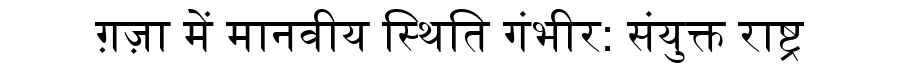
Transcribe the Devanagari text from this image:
ग़ज़ा में मानवीय स्थिति गंभीर: संयुक्त राष्ट्र